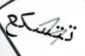
تتسكع